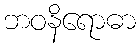
ဘဝနိရောဓာ